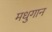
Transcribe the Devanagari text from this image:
मधुगान